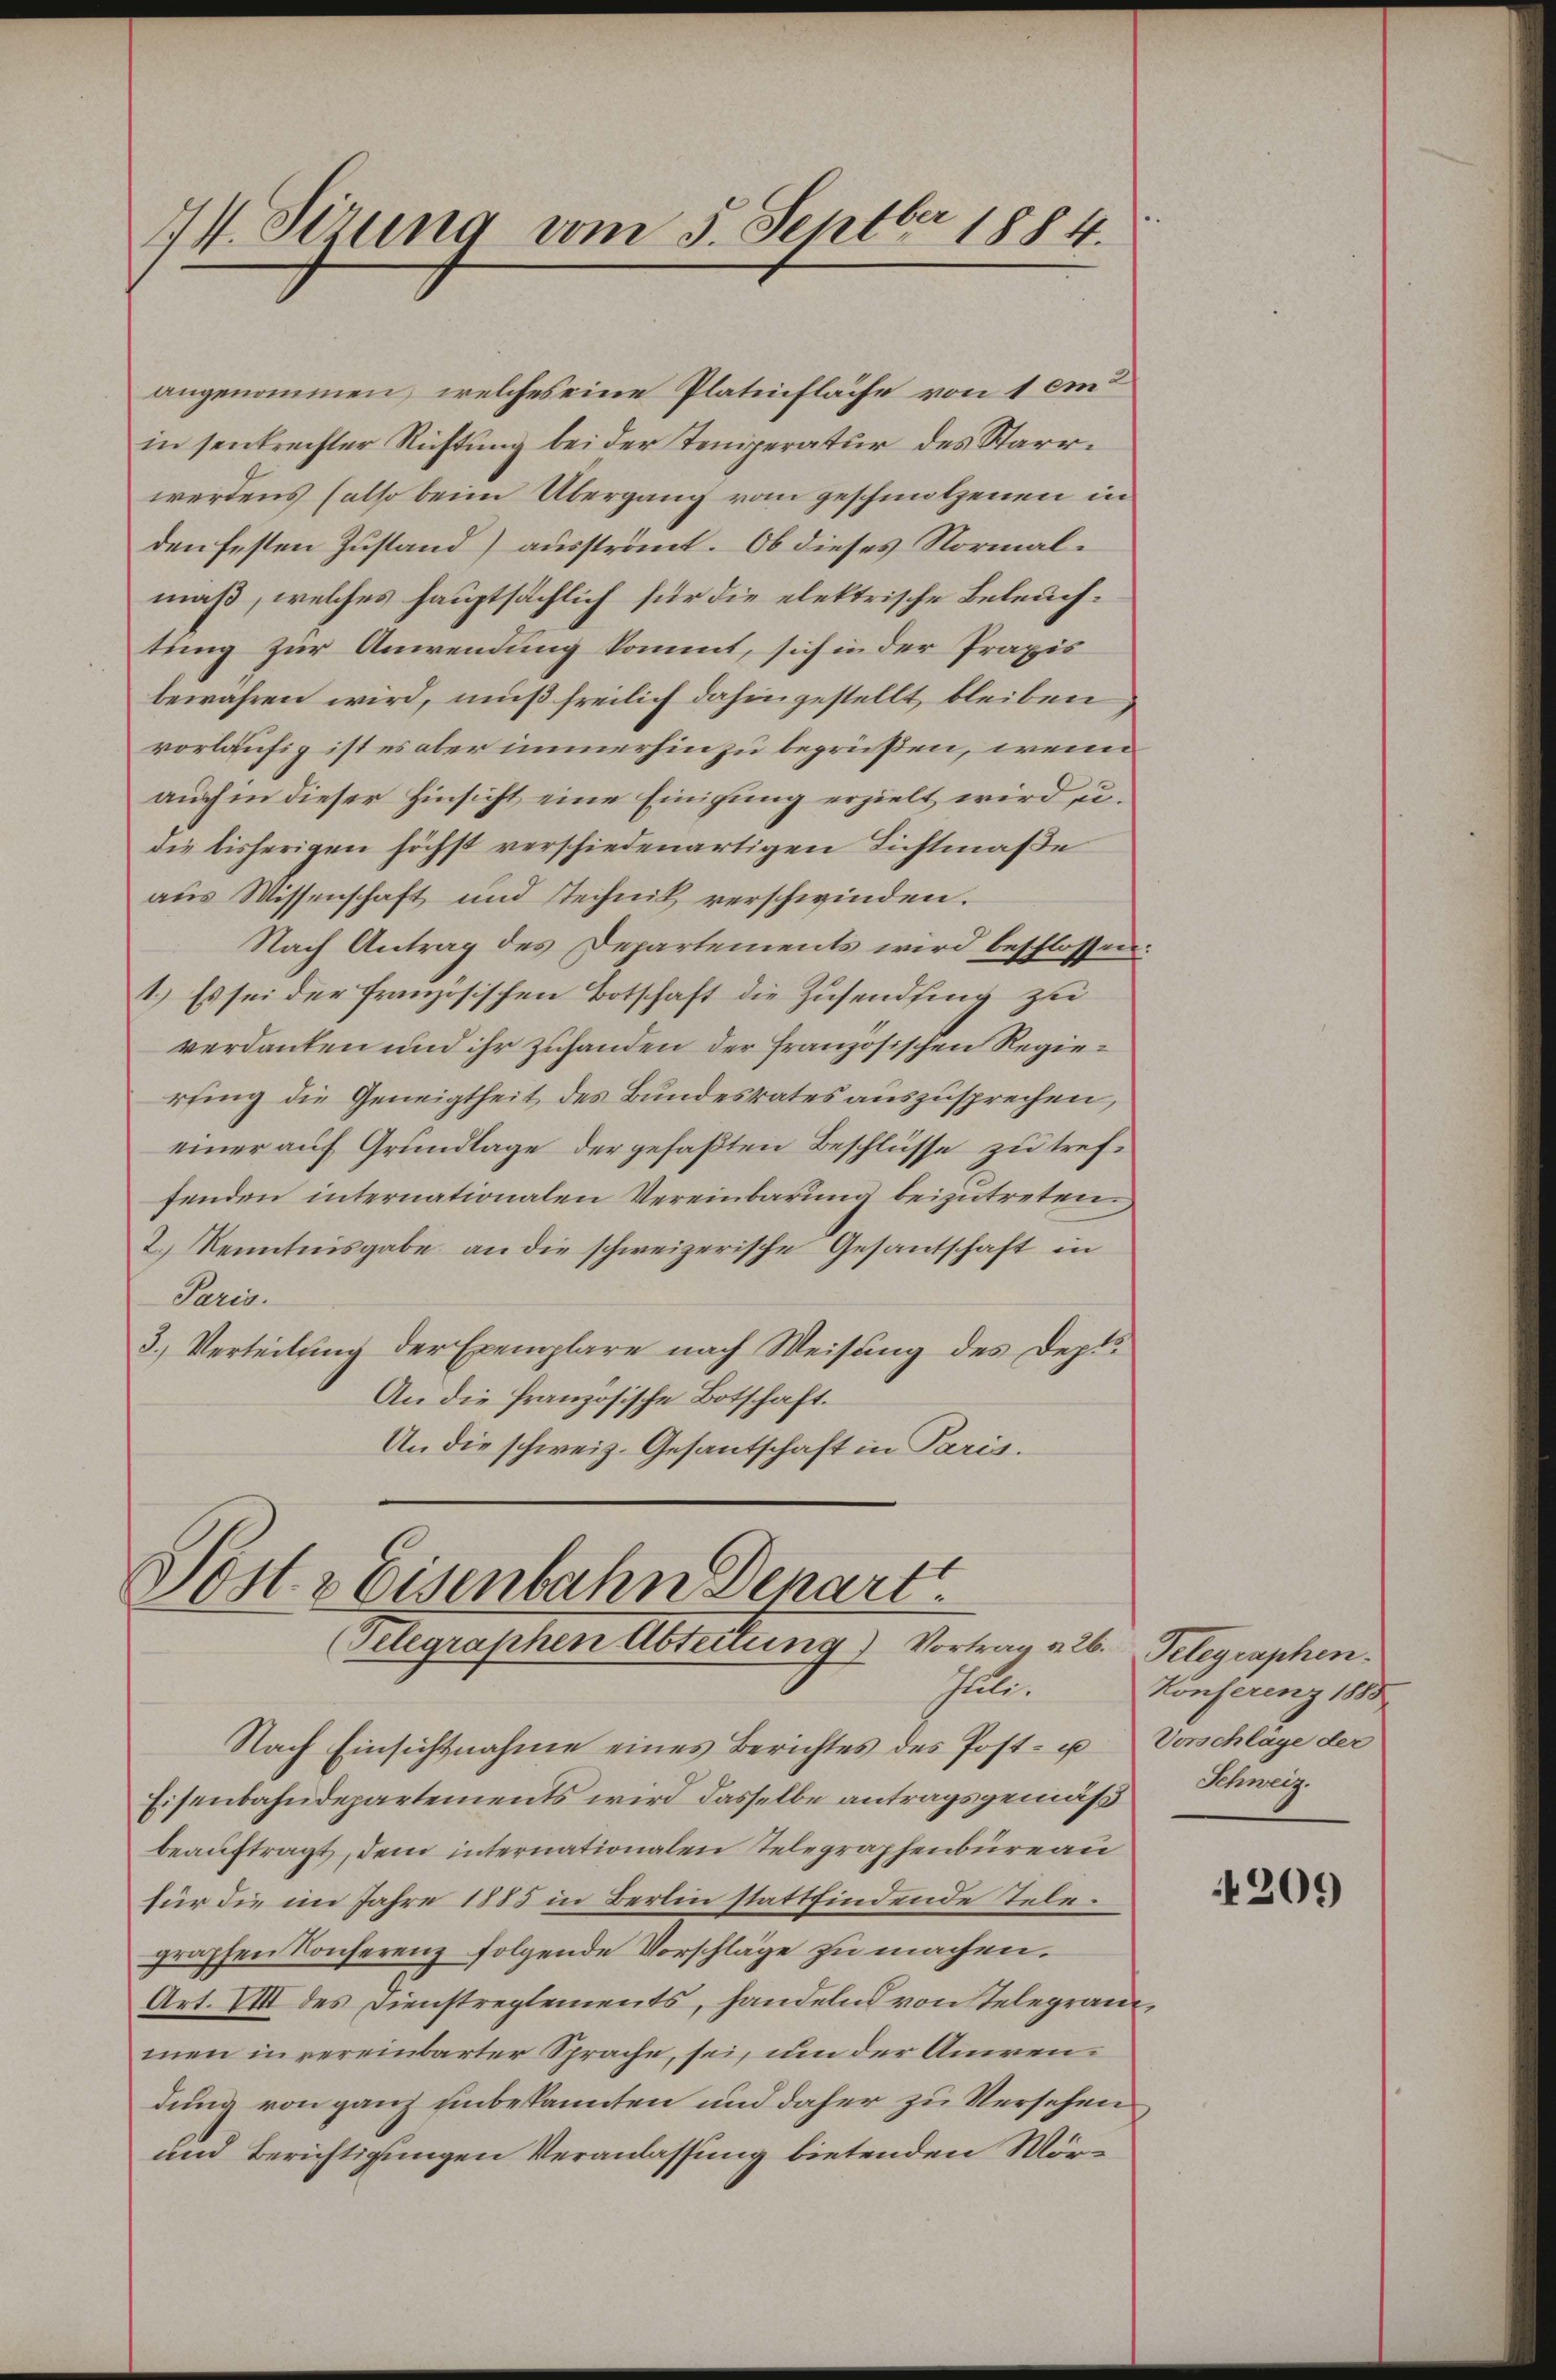
74. Sizung vom 5. Septbr 1884.

angenommen, welches eine Platinfläche von 1 em
in senkrechter Richtŭng bei der Temperatur des Starrwerdens (also beim Übergang vom geschmolzenen in
den festen Zustand) ausströmt. Ob dieses Normalmaß, welches hauptsächlich für die elektrische Beleuchtung zur Anwendung kommt, sich in der Praxis
bewahren wird, muß freilich dahingestellt, bleiben
vorläufig ist es aber immerhin zu begrüßen, wenn
auch in dieser Hinsicht eine Einigung erzielt wird, u.
die bisherigen höchst verschiedenartigen Lichtmaße
aus Wissenschaft und Technik verschwinden.
Nach Antrag des Departements wird beschlossen
1.) Es sei der französischen Botschaft die Zusendfing zu
verdanken und ihr zuhanden der französischen Regierfing die Geneigtheit des Bundesrates auszusprechen,
einer auf Grundlage der gefaßten Beschlüsse zu treffenden internationalen Vereinbarung beizutreten.
2.) Kenntnisgabe an die schweizerische Gesantschaft in
Paris.
3.) Verteilung der Exemplare nach Weisung des Dept
An die französische Botschaft.
An die schweiz. Gesantschaft in Paris.

Sostr Eisenbahn Depart.
(Telegraphen Abteilung) Vortrag v. 26. Telegraphen.
ate.

Nach Einsichtnahme eines Berichtes des Post- u Vorschlage der
Eisenbahndepartements wird dasselbe antragsgemäß
beauftragt, dem internationalen Telegraphenbüreau
für die im Jahre 1885 in Berlin stattfindende Telegraphen Konferenz folgende Vorschläge zu machen.
Art. VIII des Dienstreglements, handelnd von Telegrammen in vereinbarter Sprache, sei, um der Anwendung von ganz unbekannten und daher zu Versehen
und Berichtigungen Veranlassung bietenden Mör¬

Konferenz 1885
Schweiz.

209)